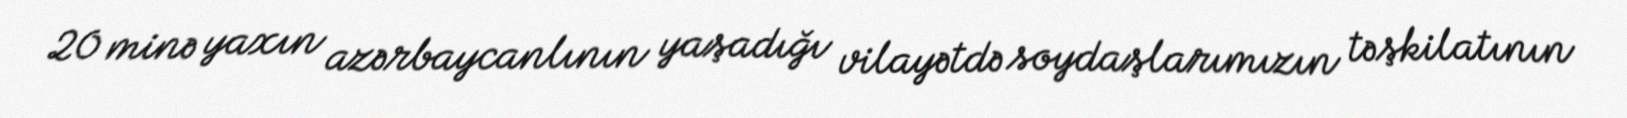
20 minə yaxın azərbaycanlının yaşadığı vilayətdə soydaşlarımızın təşkilatının